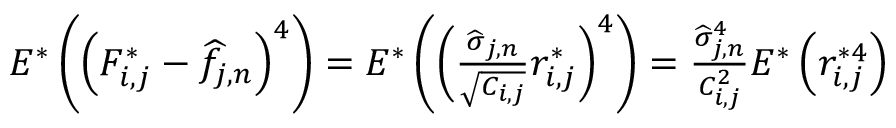
\begin{array} { r } { E ^ { * } \left( \left( F _ { i , j } ^ { * } - \widehat f _ { j , n } \right) ^ { 4 } \right) = E ^ { * } \left( \left( \frac { \widehat \sigma _ { j , n } } { \sqrt { C _ { i , j } } } r _ { i , j } ^ { * } \right) ^ { 4 } \right) = \frac { \widehat \sigma _ { j , n } ^ { 4 } } { C _ { i , j } ^ { 2 } } E ^ { * } \left( r _ { i , j } ^ { * 4 } \right) } \end{array}